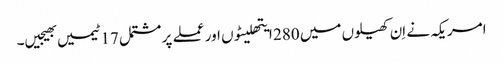
امریکہ نے اِن کھیلوں میں 280 ایتھلیٹوں اور عملے پر مشتمل 17 ٹیمیں بھیجیں۔